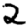
Digit: 2